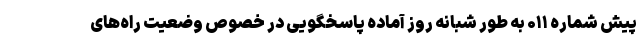
پیش شماره ۰۱۱ به طور شبانه روز آماده پاسخگویی در خصوص وضعیت راه‌های